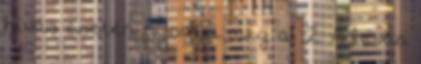
hívás esetén nyomja meg a 2. A hívás